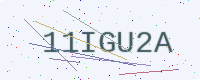
Text: 11IGU2A